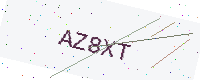
Text: AZ8XT